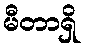
မီတာရှိ